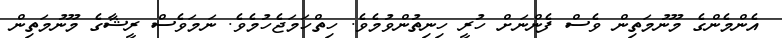
އެންމެންގެ މޫނުމަތިން ވެސް ފެންނަށް ހުރީ ހިނިތުންވުމެވެ. ހިތްހަމަޖެހުމެވެ. ނަމަވެސް ރީޝާގެ މޫނުމަތިން